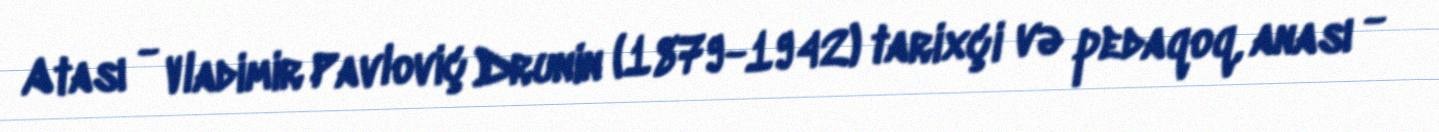
Atası - Vladimir Pavloviç Drunin (1879-1942) tarixçi və pedaqoq, anası -